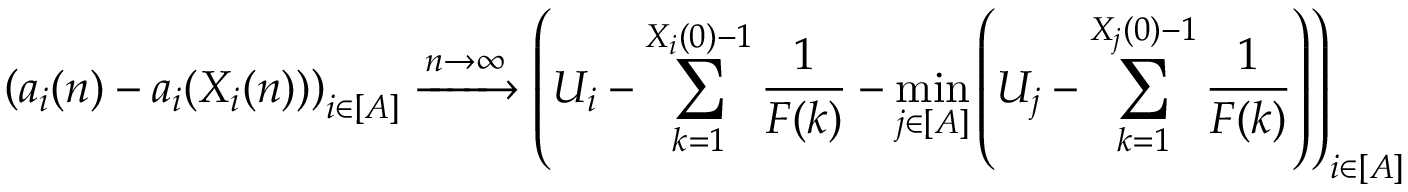
\left( a _ { i } ( n ) - a _ { i } ( X _ { i } ( n ) ) \right) _ { i \in [ A ] } \xrightarrow { n \to \infty } \left( U _ { i } - \sum _ { k = 1 } ^ { X _ { i } ( 0 ) - 1 } \frac { 1 } { F ( k ) } - \operatorname* { m i n } _ { j \in [ A ] } \left( U _ { j } - \sum _ { k = 1 } ^ { X _ { j } ( 0 ) - 1 } \frac { 1 } { F ( k ) } \right) \right) _ { i \in [ A ] }